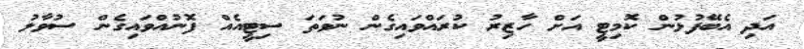
އަދި އެބޭފުޅުން ކޮމިޓީ އަށް ހާޒިރު ކުރައްވައިގެން ނުވަތަ ސިޓީއެއް ފޮނުއްވައިގެން ސުވާލު